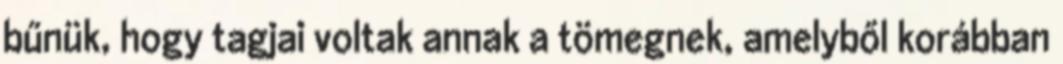
bűnük, hogy tagjai voltak annak a tömegnek, amelyből korábban